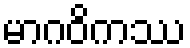
မာဂဝိကဿ